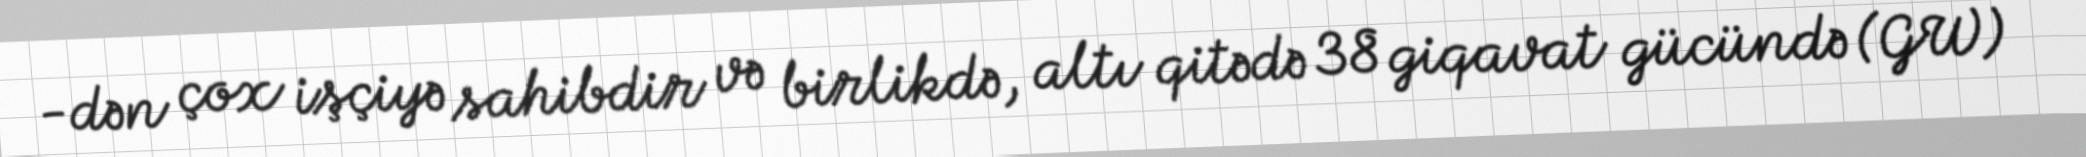
-dən çox işçiyə sahibdir və birlikdə, altı qitədə 38 giqavat gücündə (GW)